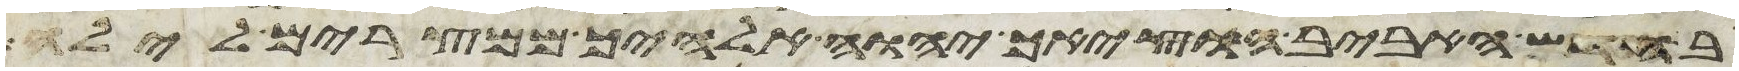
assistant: בחדש האביב הוציאך יהוה אלהיך ממצרים לילה